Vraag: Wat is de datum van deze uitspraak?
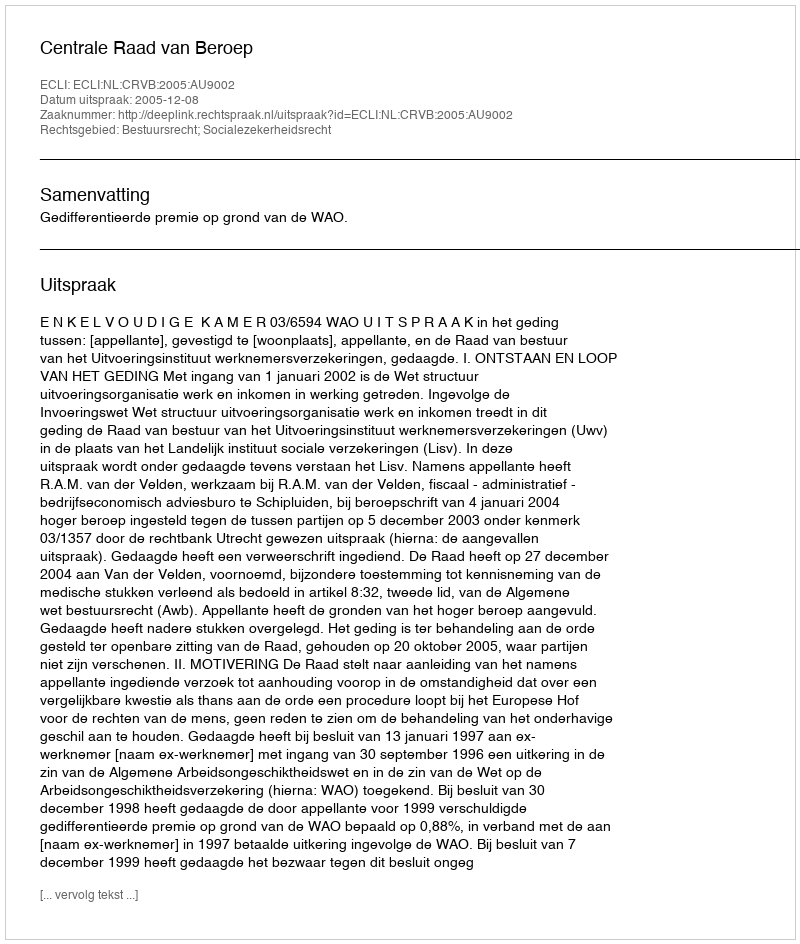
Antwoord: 2005-12-08